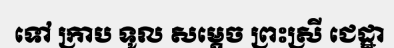
ទៅ ក្រាប ទូល សម្តេច ព្រះស្រី ជេដ្ឋា